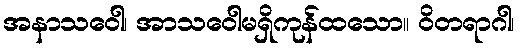
အနာသဝေါ၊ အာသဝေါမရှိကုန်ထသော။ ဝိတရာဂါ၊